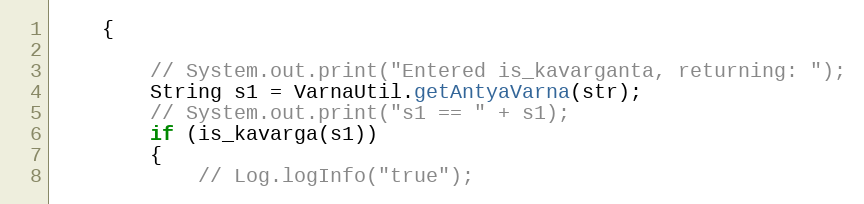
Language: Java
    {

        // System.out.print("Entered is_kavarganta, returning: ");
        String s1 = VarnaUtil.getAntyaVarna(str);
        // System.out.print("s1 == " + s1);
        if (is_kavarga(s1))
        {
            // Log.logInfo("true");